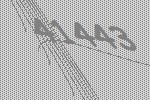
41443